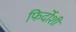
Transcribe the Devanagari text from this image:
फिर्दोशी